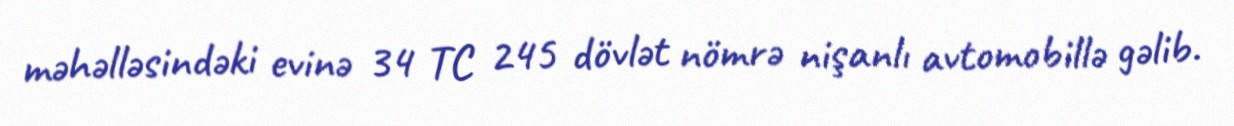
məhəlləsindəki evinə 34 TC 245 dövlət nömrə nişanlı avtomobillə gəlib.